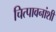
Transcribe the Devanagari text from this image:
चित्पावनांशी